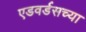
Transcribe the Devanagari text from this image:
एडवर्डसच्या